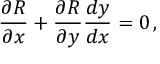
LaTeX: { \frac { \partial R } { \partial x } } + { \frac { \partial R } { \partial y } } { \frac { d y } { d x } } = 0 \, ,